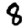
Digit: 8